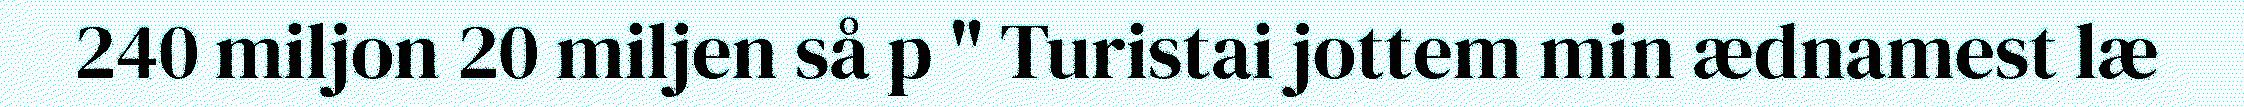
240 miljon 20 miljen så p " Turistai jottem min ædnamest læ